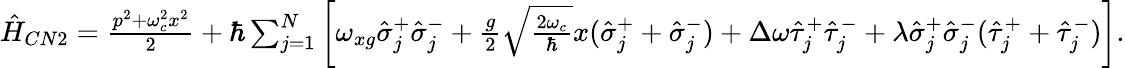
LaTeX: \begin{array}{r}{\hat{H}_{CN2}=\frac{p^{2}+\omega_{c}^{2}x^{2}}{2}+\hbar\sum_{j=1}^{N}\left[\omega_{xg}\hat{\sigma}_{j}^{+}\hat{\sigma}_{j}^{-}+\frac{g}{2}\sqrt{\frac{2\omega_{c}}{\hbar}}x(\hat{\sigma}_{j}^{+}+\hat{\sigma}_{j}^{-})+\Delta\omega\hat{\tau}_{j}^{+}\hat{\tau}_{j}^{-}+\lambda\hat{\sigma}_{j}^{+}\hat{\sigma}_{j}^{-}(\hat{\tau}_{j}^{+}+\hat{\tau}_{j}^{-})\right].}\end{array}